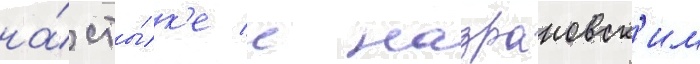
на́ сты́к'е с назрановск'им